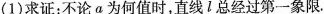
(1)求证：不论α为何值时，直线l总经过第一象限.